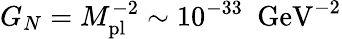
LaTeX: G_{N}=M_{\mathrm{pl}}^{-2}\sim 10^{-33}\ \ \mathrm{GeV}^{-2}